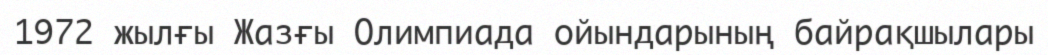
1972 жылғы Жазғы Олимпиада ойындарының байрақшылары